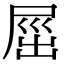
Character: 𡲒